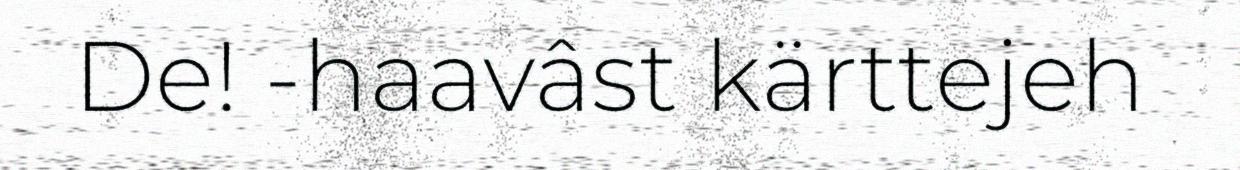
De! -haavâst kärttejeh